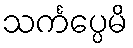
သင်္ကပ္ပေမိ